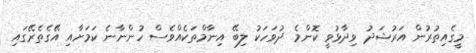
މީގެއިތުރުން އަރުޝަދު ވިދާޅުވީ ކޮންމެ ދުވަހަކު ލިބޭ އިނާމްތަކެއްވެސް ހުންނާނެ ކަމަށާއި އޭގެތެރޭގައި